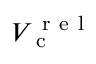
V _ { \mathrm { ~ c ~ } } ^ { \mathrm { ~ r ~ e ~ l ~ } }